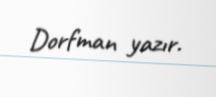
Dorfman yazır.